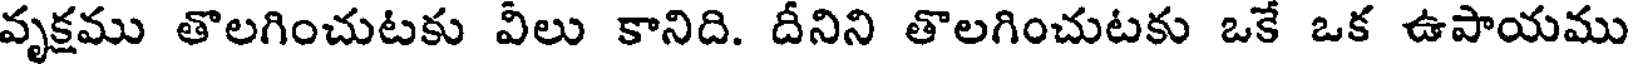
వృక్షము తొలగించుటకు వీలు కానిది. దీనిని తొలగించుటకు ఒకే ఒక ఉపాయము